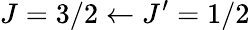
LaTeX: J=3/2\leftarrow J^{\prime}=1/2